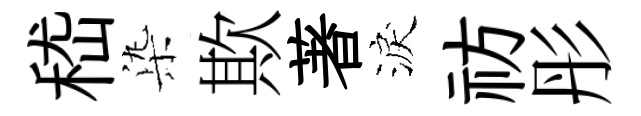
嵇𣑱欺著淚祊彤